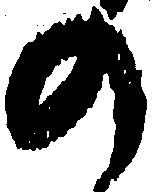
の